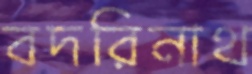
বদরিনাথ